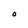
Character: O